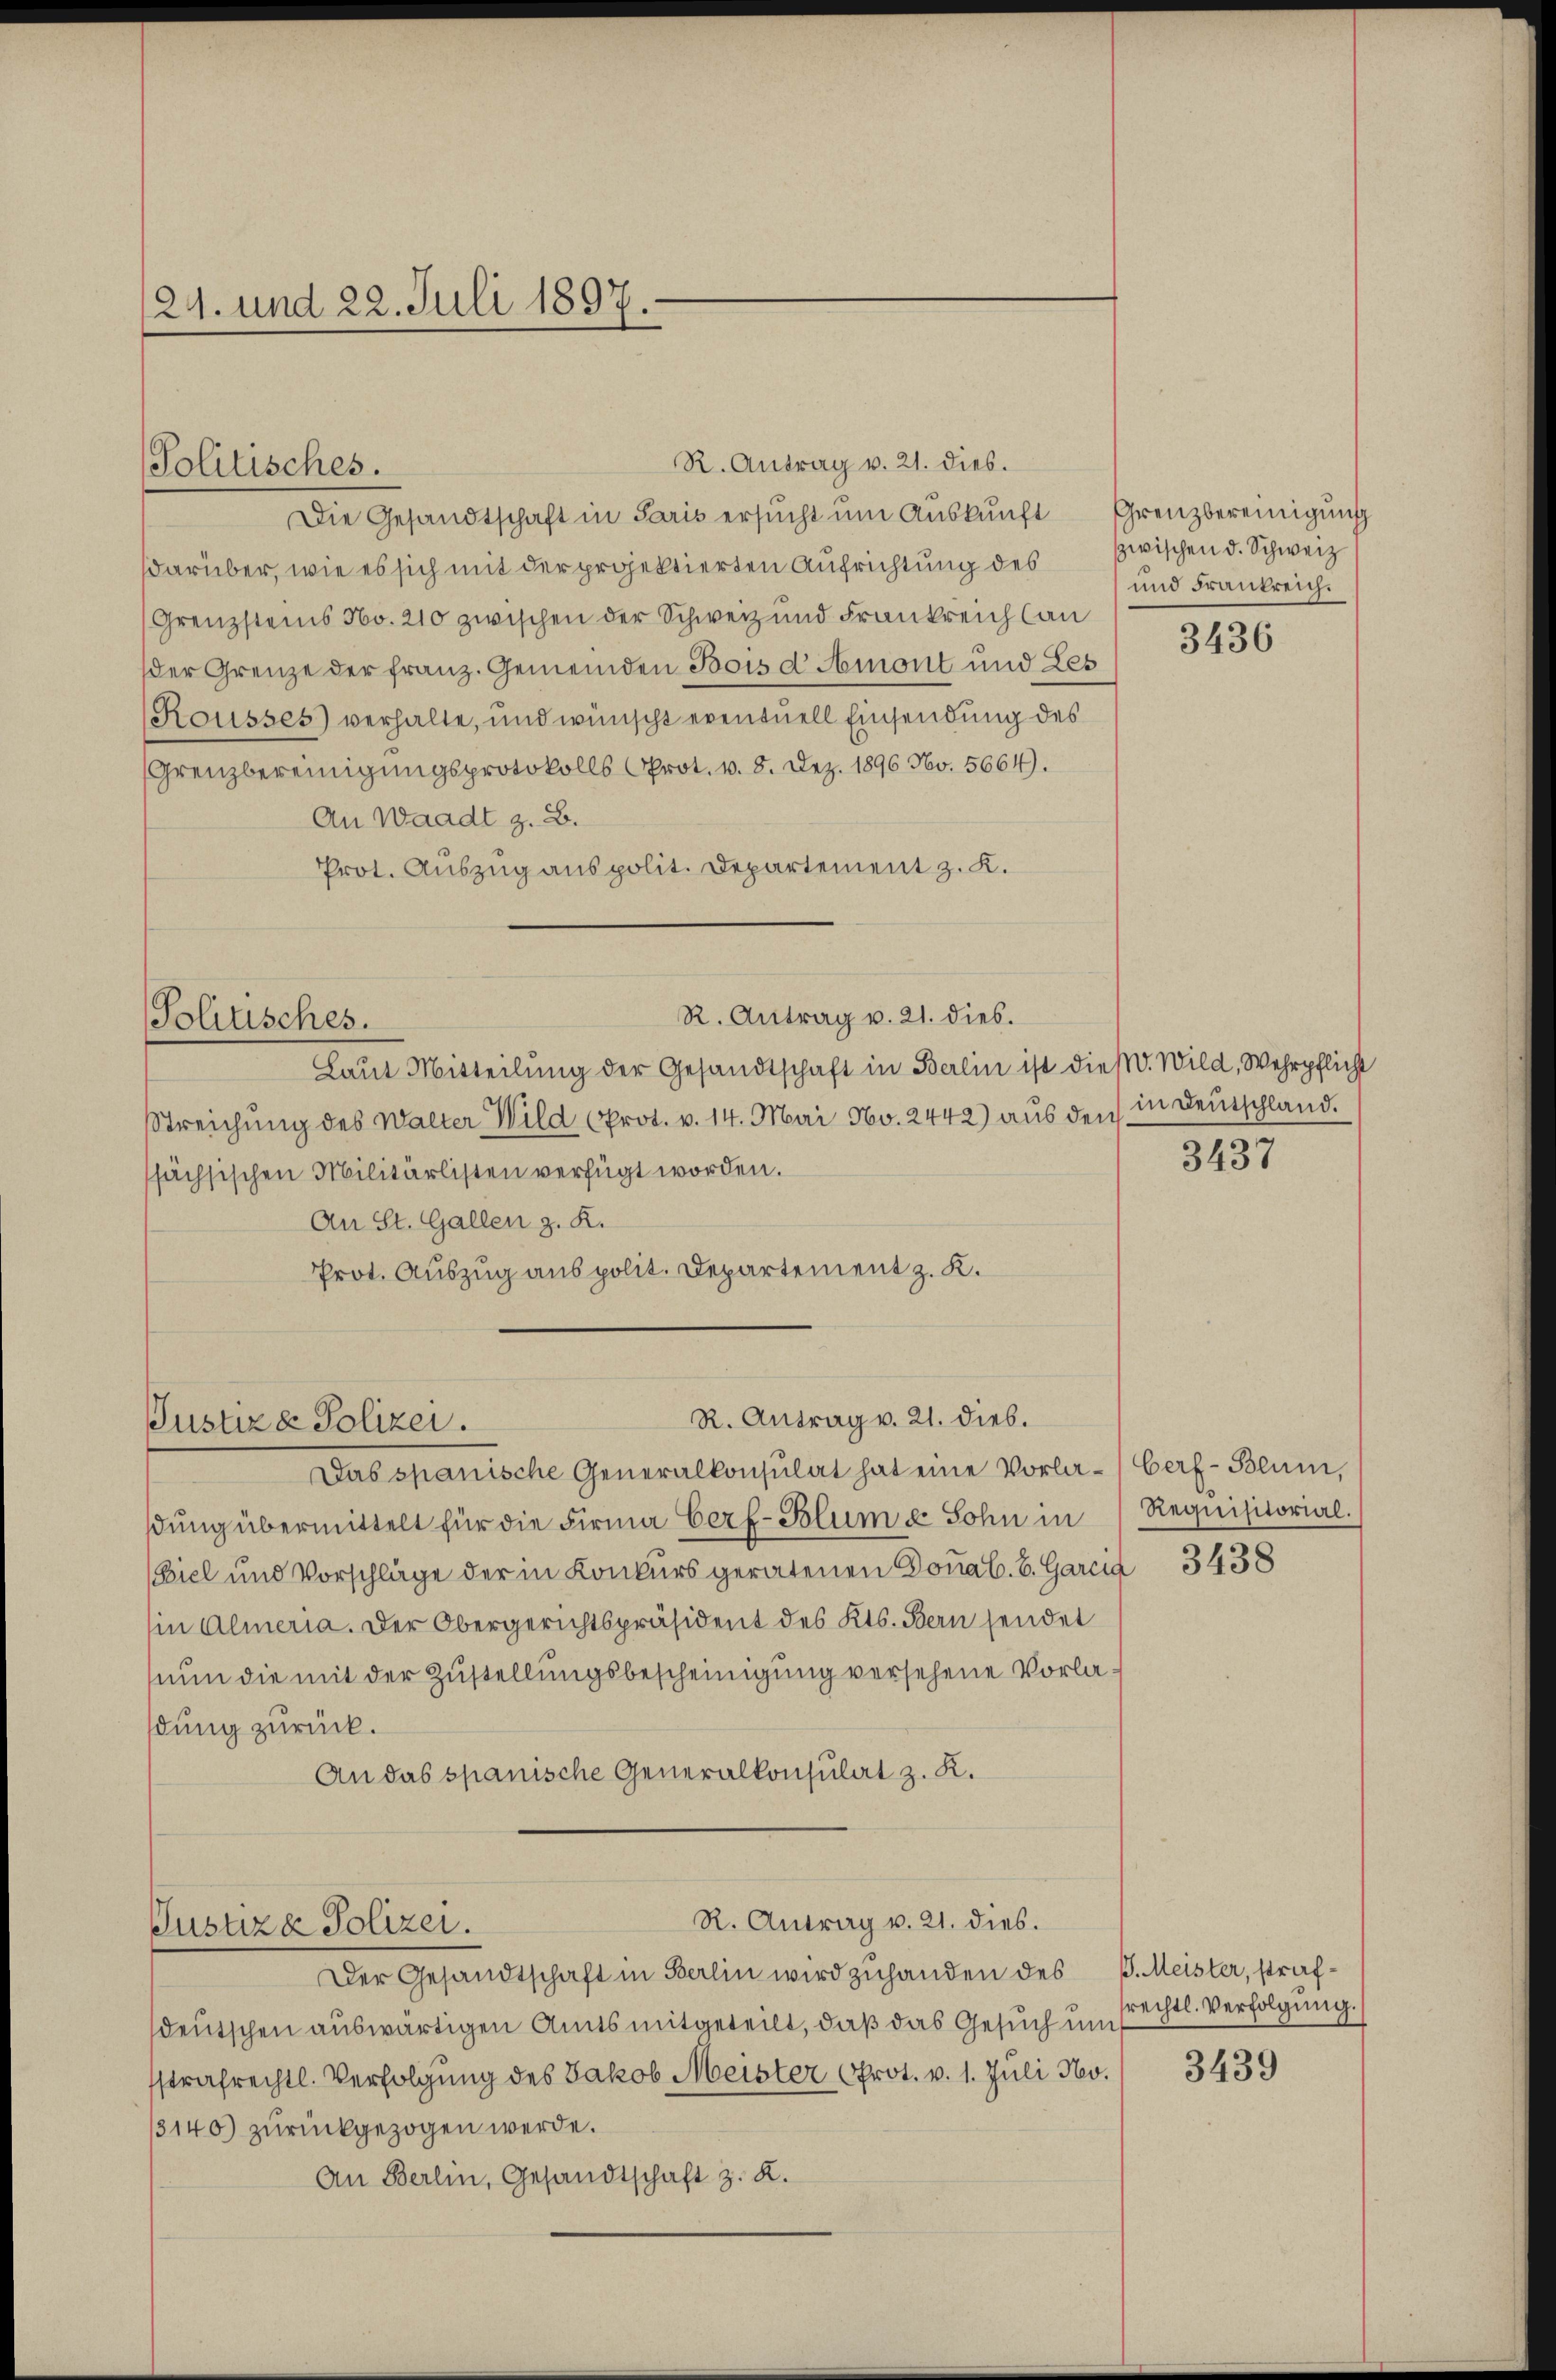
124. und 22. Juli 1897.

Die Gesandtschaft in Paris ersucht um Auskunft
darüber, wie es sich mit der projektierten Aufrichtung des
Grenzsteins No. 210 zwischen der Schweiz und Frankreich lan
der Grenze der franz. Gemeinden Bois d Amont und Les
Kousses) verhalte, und wünscht eventuell Einsendung des
Grenzbereinigungsprotokolls Prot. v. 8. Dez. 1896 Nov. 5664).
An Waadt z. B.
Prot. Auszug aus polit. Departement z. K.

Politisches.

Politisches.

R. Antrag v. 21. dies.

R. Antrag v. 21. dies.

R. Antrag v. 21. dies.
Justiz & Polizei.

R. Antrag v. 21. dies.
Justiza Polizei.
Der Gesandtschaft in Berlin wird zuhanden des J. Meister, straf¬

Laut Mitteilung der Gesandtschaft in Berlin ist dieß. Wild, Wehrpflicht
Streichung des Walter Wild (Prot. v. 14. Mai No. 2442) aus den in Deutschland.
sächsischen Militärlisten verfügt worden.
An St. Gallen z. K.
Prot. Auszug aus polit. Departement z. K.

Grenzbereinigung
zwischen d. Schweiz
und Frankreich.

dung übermittelt für die Firma Cerf-Blum u. Sohn in
Biel und Vorschläge der in Konkurs geratenen Douab. B. Garcia
in Almeria. Der Obergerichtspräsident des Kts. Bern sendet
nun die mit der Zustellungsbescheinigung versehene Vorladung zurück.
An das spanische Generalkonsulat z. K.

Das spanische Generalkonsulat hat eine Vorlar-Berf- Blum,

deutschen auswärtigen Amts mitgeteilt, daß das Gesuch um
sstrafrechtl. Verfolgung des Jakob Meister Prot. v. 1. Juli 180.
/3140) zurückgezogen werde.
An Berlin, Gesandtschaft z. K.

3436

3437

Requisitorial.

3438

rechtl. Verfolgung.

3439